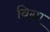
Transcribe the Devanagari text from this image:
विग्ना